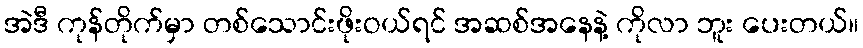
အဲဒီ ကုန်တိုက်မှာ တစ်သောင်းဖိုးဝယ်ရင် အဆစ်အနေနဲ့ ကိုလာ ဘူး ပေးတယ်။